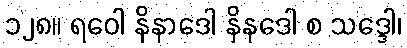
၁၂၈။ ရဝေါ နိနာဒေါ နိနဒေါ စ သဒ္ဒေါ၊